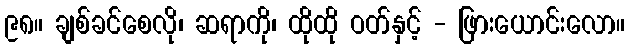
၉၈။ ချစ်ခင်စေလို၊ ဆရာကို၊ ထိုထို ဝတ်နှင့် - ဖြားယောင်းလော။